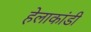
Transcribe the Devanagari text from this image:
हेलाकांडी